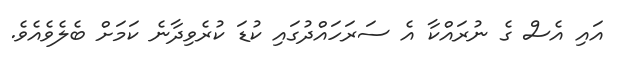
އައި އެސް ގެ ނުރައްކާ އެ ސަރަހައްދުގައި ކުޑަ ކުރެވިދާނެ ކަމަށް ބެލެވެއެވެ.